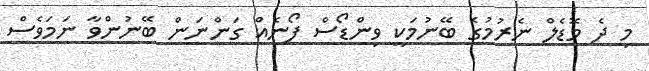
މި ދެ މޮޑެލް ނެރުމުގެ ބޭނުމަކީ ވިންޑޯސް ފޯނެއް ގަންނަން ބޭނުންވާ ނަމަވެސް